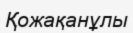
Қожақанұлы